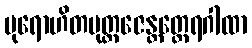
ပုရောဟိတပုတ္တဇေန္တတ္ထေရဂါထာ